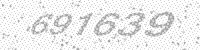
Solution: 691639